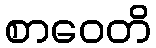
စာဝေတိ